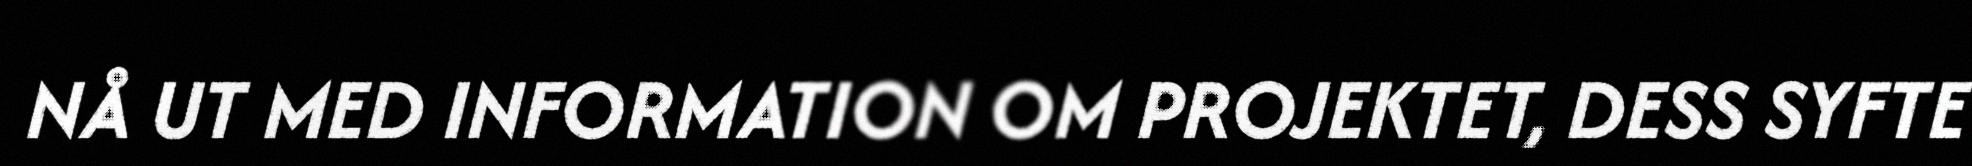
NÅ UT MED INFORMATION OM PROJEKTET, DESS SYFTE